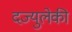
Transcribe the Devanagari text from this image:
दज्युलेकी